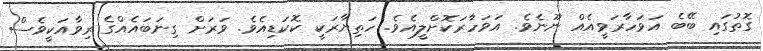
ގޮތުގައި ބޭބެ އަވަހާރަވީއެއް ނޫނެވެ. އަވަހާރަކޮށްލީއެވެ. ހަތިޔާރަކީ ކޮކަޑިއެވެ. ވަރަށް ގިނަބައެއްގެ ރިވާއަކީވެސް